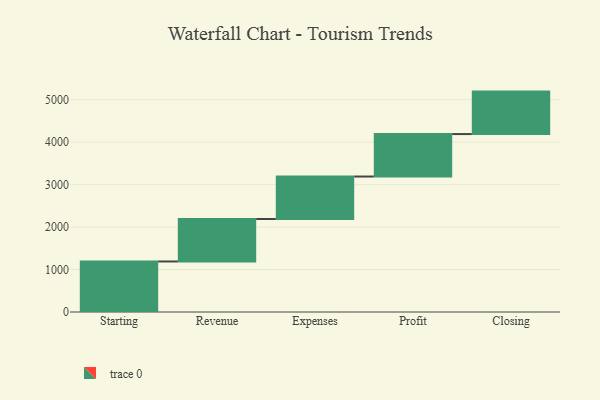
{"axis": {"x": "Step", "y": "Value"}, "legend": [""], "data": [{"x": "Starting", "y": 1190.0, "type": ""}, {"x": "Revenue", "y": 1000, "type": ""}, {"x": "Expenses", "y": 1000, "type": ""}, {"x": "Profit", "y": 1000, "type": ""}, {"x": "Closing", "y": 1000, "type": ""}]}